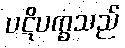
ပဋိပက္ခသည်